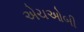
એચઓબી